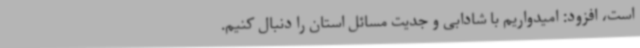
است، افزود: امیدواریم با شادابی و جدیت مسائل استان را دنبال کنیم.